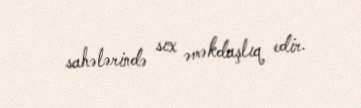
sahələrində sıx əməkdaşlıq edir.